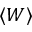
\langle W \rangle